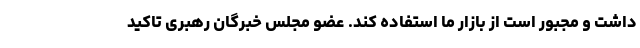
داشت و مجبور است از بازار ما استفاده کند. عضو مجلس خبرگان رهبری تاکید